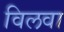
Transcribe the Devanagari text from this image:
विलवा